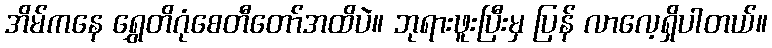
အိမ်ကနေ ရွှေတိဂုံစေတီတော်အထိပဲ။ ဘုရားဖူးပြီးမှ ပြန် လာလေ့ရှိပါတယ်။